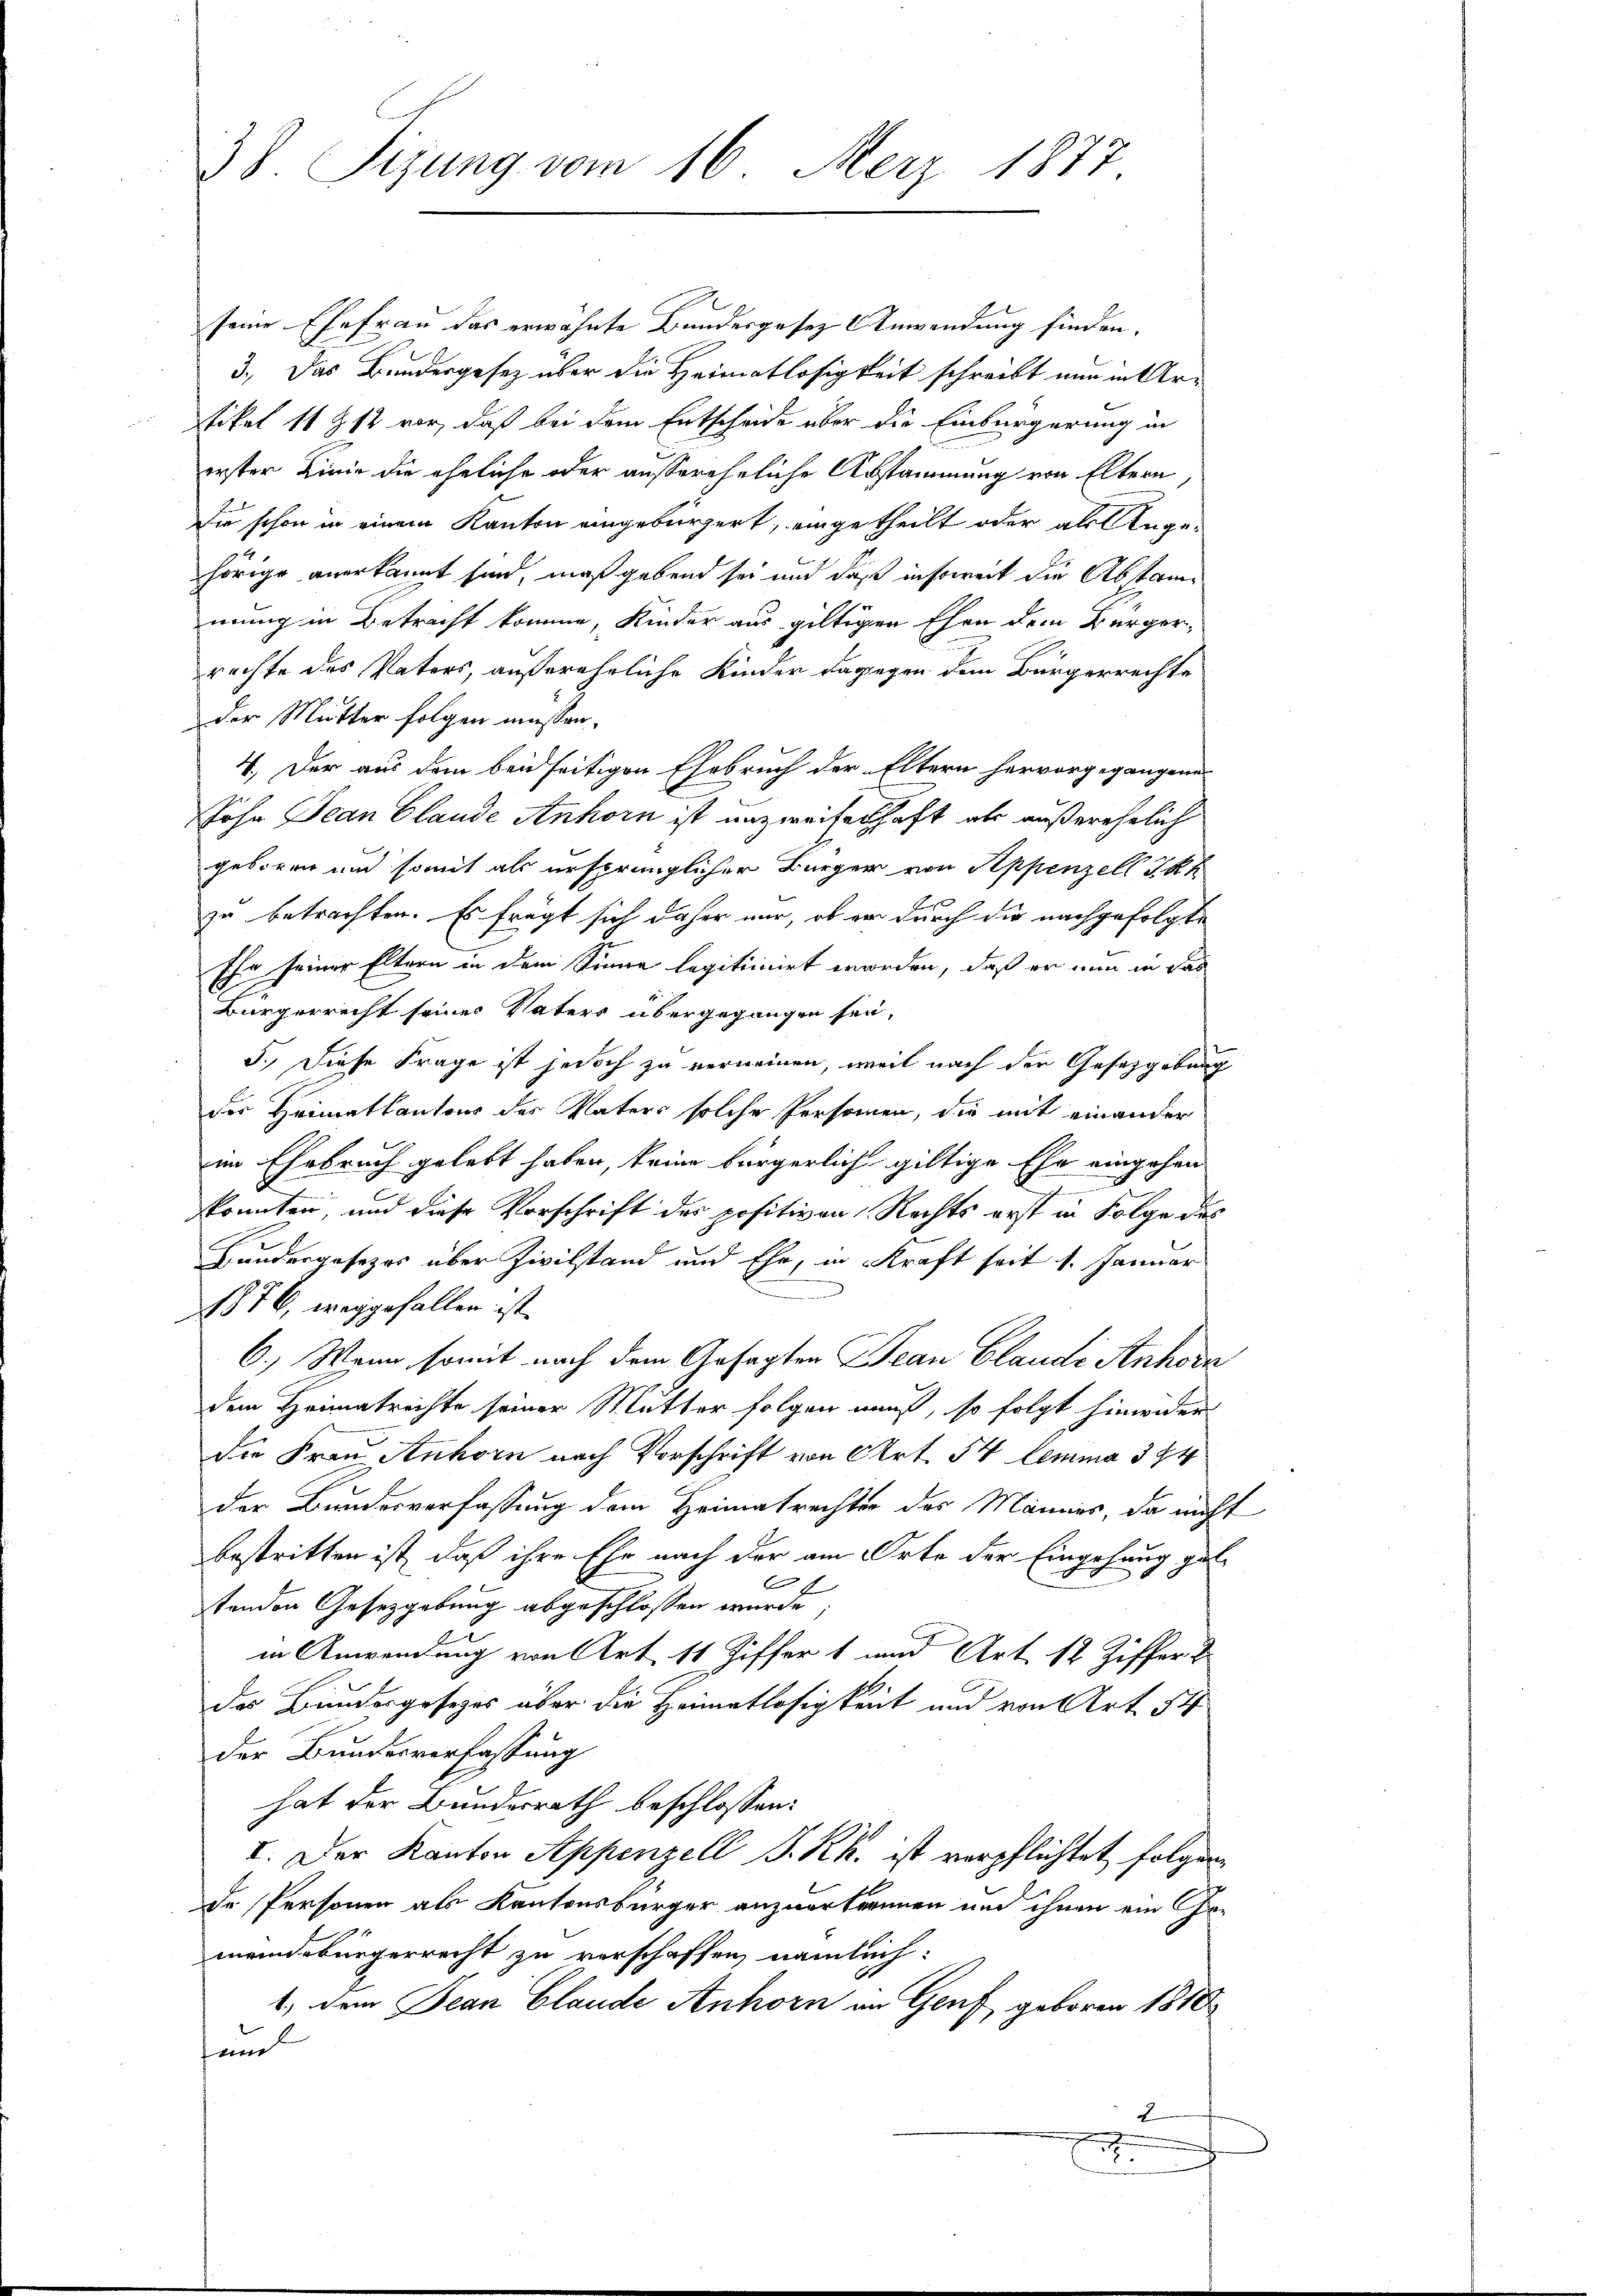
38. Sigung vom 16. Merz 1877

seine Ehefrau das erwähnte Bundesgesez Anwendung finden. |
3.) Das Bundesgesetz über die Heimatlosigkeit schreibt nun in Artikel 11 Z 12 vor, daß bei dem Entscheide aber die Einbürgerung in
erster Linie die eheliche oder aussereheliche Abstammung von Eltern,
Die schon in einem Kanton eingebürgert, eingetheilt oder als Angehörige anerkannt sind, maßgebend sei und daß insoweit die Abstammung in Betracht komme, Kinder aus giltigen Ehen dem Bürger-
rechte des Vaters, außerehrliche Kinder dagegen dem Bürgerrechte
der Mutter folgen müssen.
4. Der aus dem beidseitigen Ehebruch der Eltern hervorgegangene
John Jean Claude Anhorn ist unzweifenschaft als außerehelich
geboren und somit als ursprünglicher Bürger von Appenzell I.Rh
b
zu betrachten. Es frägt sich daher mir, ob er durch die nachgefolgte
Ehr seiner Eltern in dem Sinne legitiinirt werden, daß er nun in das
Bürgerrecht seines Vaters übergegangen sei,
3.) Diese Frage ist jedoch zu verneinen, weil nach der Gesetzgebung
der Heimatkantons der Vaters solche Personen, die mit einander
im Ehebruch gelebt haben, keine bürgerlich giltige Ehe eingehen
konnten, und diese Vorschrift des positiven Rechts erst in Folge des
Hundergesezes über Zivilstand und Ehr, in Kraft seit 1. Januar
1876, weggefallen ist.
6.) Wenn somit nach dem Gesagten Jean Claudi Anhorn
dem Heimatrechte seiner Mutter folgen muß, so folgt hinwider
die Frau Ankorn nach Vorschrift von Art. 54 lemma 394
der Bundesverfassung dem Heimatrechter des Mannes, da nicht
bestritten ist, daß ihre Ehr nach der am Orte der Eingehung gel¬
4
tenden Gesetzgebung abgeschlossen wurde;
in Anwendung von Art. 11 Ziffer 1 und Art. 12 Ziffert
de Bundergesetzes über die Heimatlosigkeit und von Art. 54
der Bundesverfassung
hat der Bundesrath beschlossen:
I. Der Kanton Appenzell S. Rh. ist verpflichtet folgen
de Personen als Kantonsbürger anzuerternen und ihnen ein Bemeindebürgerrecht zu verschaffen, nämlich:
1, dem Jean Claude Anhörn an Genf geboren 1818
au
E